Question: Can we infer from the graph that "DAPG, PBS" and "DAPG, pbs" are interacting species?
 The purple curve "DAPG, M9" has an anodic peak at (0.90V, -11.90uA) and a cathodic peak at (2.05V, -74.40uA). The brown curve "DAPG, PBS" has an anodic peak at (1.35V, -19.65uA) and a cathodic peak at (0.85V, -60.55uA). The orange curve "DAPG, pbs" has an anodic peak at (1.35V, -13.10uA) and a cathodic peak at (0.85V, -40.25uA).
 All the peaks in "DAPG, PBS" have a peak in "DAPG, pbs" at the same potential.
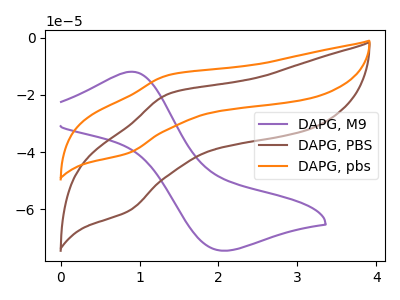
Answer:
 <answer>No, "DAPG, PBS" and "DAPG, pbs" don't appear to be significantly different in shape</answer>
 <eval>no_change</eval>